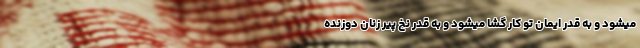
میشود و به قدر ایمان تو کار گشا میشود و به قدر نخ پیر زنان دوزنده